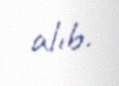
alıb.